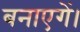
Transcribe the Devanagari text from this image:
बनाएगें।